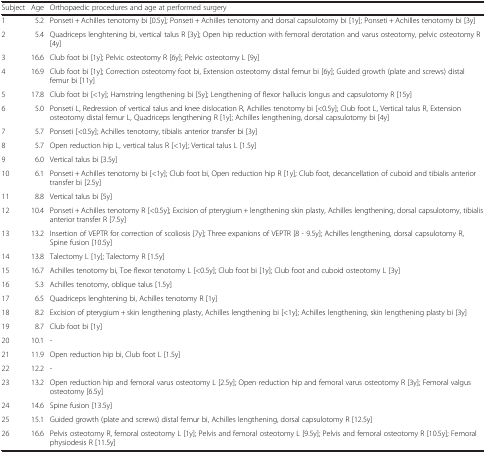
<table><thead><tr><td><b>Subject</b></td><td><b>Age</b></td><td><b>Orthopaedic procedures and age at performed surgery</b></td></tr></thead><tbody><tr><td>1</td><td>5.2</td><td>Ponseti + Achilles tenotomy bi [0.5y]; Ponseti + Achilles tenotomy and dorsal capsulotomy bi [1y]; Ponseti + Achilles tenotomy bi [3y]</td></tr><tr><td>2</td><td>5.4</td><td>Quadriceps lenghtening bi, vertical talus R [3y]; Open hip reduction with femoral derotation and varus osteotomy, pelvic osteotomy R [4y]</td></tr><tr><td>3</td><td>16.6</td><td>Club foot bi [1y]; Pelvic osteotomy R [6y]; Pelvic osteotomy L [9y]</td></tr><tr><td>4</td><td>16.9</td><td>Club foot bi [1y]; Correction osteotomy foot bi, Extension osteotomy distal femur bi [6y]; Guided growth (plate and screws) distal femur bi [11y]</td></tr><tr><td>5</td><td>17.8</td><td>Club foot bi [&lt;1y]; Hamstring lengthening bi [5y]; Lengthening of flexor hallucis longus and capsulotomy R [15y]</td></tr><tr><td>6</td><td>5.0</td><td>Ponseti L, Redression of vertical talus and knee dislocation R, Achilles tenotomy bi [&lt;0.5y]; Club foot L, Vertical talus R, Extension osteotomy distal femur L, Quadriceps lengthening R [1y]; Achilles lengthening, dorsal capsulotomy bi [4y]</td></tr><tr><td>7</td><td>5.7</td><td>Ponseti [&lt;0.5y]; Achilles tenotomy, tibialis anterior transfer bi [3y]</td></tr><tr><td>8</td><td>5.7</td><td>Open reduction hip L, vertical talus R [&lt;1y]; Vertical talus L [1.5y]</td></tr><tr><td>9</td><td>6.0</td><td>Vertical talus bi [3.5y]</td></tr><tr><td>10</td><td>6.1</td><td>Ponseti + Achilles tenotomy bi [&lt;1y]; Club foot bi, Open reduction hip R [1y]; Club foot, decancellation of cuboid and tibialis anterior transfer bi [2.5y]</td></tr><tr><td>11</td><td>8.8</td><td>Vertical talus bi [5y]</td></tr><tr><td>12</td><td>10.4</td><td>Ponseti + Achilles tenotomy R [&lt;0.5y]; Excision of pterygium + lengthening skin plasty, Achilles lengthening, dorsal capsulotomy, tibialis anterior transfer R [7.5y]</td></tr><tr><td>13</td><td>13.2</td><td>Insertion of VEPTR for correction of scoliosis [7y]; Three expanions of VEPTR [8 - 9.5y]; Achilles lengthening, dorsal capsulotomy R, Spine fusion [10.5y]</td></tr><tr><td>14</td><td>13.8</td><td>Talectomy L [1y]; Talectomy R [1.5y]</td></tr><tr><td>15</td><td>16.7</td><td>Achilles tenotomy bi, Toe flexor tenotomy L [&lt;0.5y]; Club foot bi [1y]; Club foot and cuboid osteotomy L [3y]</td></tr><tr><td>16</td><td>5.3</td><td>Achilles tenotomy, oblique talus [1.5y]</td></tr><tr><td>17</td><td>6.5</td><td>Quadriceps lenghtening bi, Achilles tenotomy R [1y]</td></tr><tr><td>18</td><td>8.2</td><td>Excision of pterygium + skin lengthening plasty, Achilles lengthening bi [&lt;1y]; Achilles lengthening, skin lengthening plasty bi [3y]</td></tr><tr><td>19</td><td>8.7</td><td>Club foot bi [1y]</td></tr><tr><td>20</td><td>10.1</td><td>-</td></tr><tr><td>21</td><td>11.9</td><td>Open reduction hip bi, Club foot L [1.5y]</td></tr><tr><td>22</td><td>12.2</td><td>-</td></tr><tr><td>23</td><td>13.2</td><td>Open reduction hip and femoral varus osteotomy L [2.5y]; Open reduction hip and femoral varus osteotomy R [3y]; Femoral valgus osteotomy [6.5y]</td></tr><tr><td>24</td><td>14.6</td><td>Spine fusion [13.5y]</td></tr><tr><td>25</td><td>15.1</td><td>Guided growth (plate and screws) distal femur bi, Achilles lengthening, dorsal capsulotomy R [12.5y]</td></tr><tr><td>26</td><td>16.6</td><td>Pelvis osteotomy R, femoral osteotomy L [1y]; Pelvis and femoral osteotomy L [9.5y]; Pelvis and femoral osteotomy R [10.5y]; Femoral physiodesis R [11.5y]</td></tr></tbody></table>